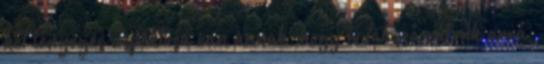
két lényeges aspektusa van annak, hogy tudatossá válunk arra,